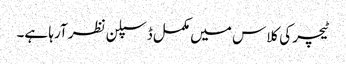
ٹیچر کی کلاس میں مکمل ڈسپلن نظر آرہا ہے۔